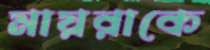
মায়রাকে